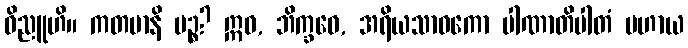
ဝိညူဟိ။ ကတမာနိ ပဉ္စ? ဣဓ, ဘိက္ခဝေ, အရိယသာဝကော ပါဏာတိပါတံ ပဟာယ